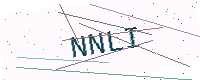
Text: NNLI